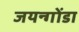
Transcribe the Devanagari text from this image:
जयन्गोंडा